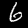
Digit: 6